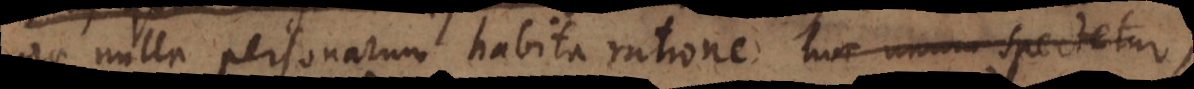
ac nulla personarum habita ratione hoc unum spectetur,